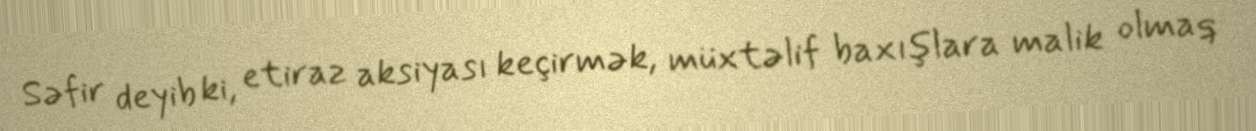
Səfir deyib ki, etiraz aksiyası keçirmək, müxtəlif baxışlara malik olmaq